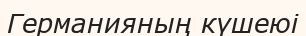
Германияның күшеюі